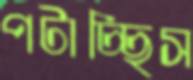
পটাচ্ছিস